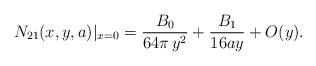
LaTeX: \begin{align*}N_{21}(x,y,a)|_{x=0}=\frac{B_{0}}{64\pi\,y^{2}}+\frac{B_{1}}{16ay}+O(y).\end{align*}